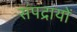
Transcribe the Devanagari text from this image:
संपद्रायों